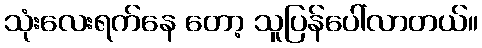
သုံးလေးရက်နေ တော့ သူပြန်ပေါ်လာတယ်။